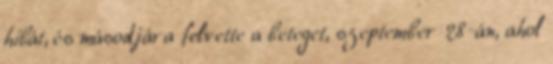
hibát, és másodjára felvette a beteget, szeptember 28-án, ahol